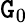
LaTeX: \mathtt{G}_{0}